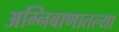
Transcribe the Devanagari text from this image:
अग्निबाणातल्या